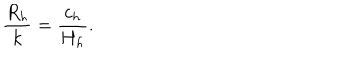
\frac { R _ { h } } { k } = \frac { c _ { h } } { H _ { h } } .